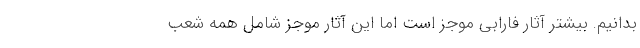
بدانیم. بیشتر آثار فارابی موجز است اما این آثار موجز شامل همه شعب